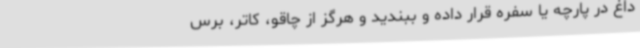
داغ در پارچه یا سفره قرار داده و ببندید و هرگز از چاقو، کاتر، برس